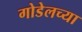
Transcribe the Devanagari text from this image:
गोडेलच्या